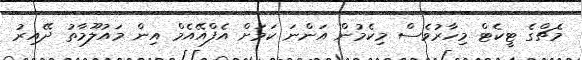
މެޗްގެ ޓީކެޓް މިހާރުވެސް މިކެމުން އަންނަ ކަމަށް އެފްއޭއެމް އިން މައުލޫމާތު ދޭއިރު